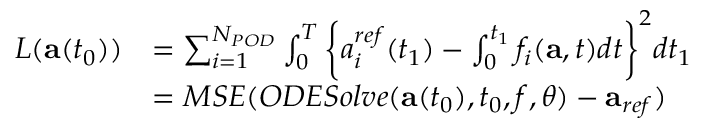
\begin{array} { r l } { L ( \mathbf { a } ( t _ { 0 } ) ) } & { = \sum _ { i = 1 } ^ { N _ { P O D } } \int _ { 0 } ^ { T } \bigg \{ { a _ { i } ^ { r e f } } ( t _ { 1 } ) - \int _ { 0 } ^ { t _ { 1 } } f _ { i } ( \mathbf { a } , t ) d t \bigg \} ^ { 2 } d t _ { 1 } } \\ & { = M S E ( O D E S o l v e ( \mathbf { a } ( t _ { 0 } ) , t _ { 0 } , f , \theta ) - \mathbf { a } _ { r e f } ) } \end{array}